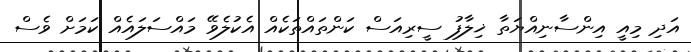
އަދި މިއީ އިންސާނިއްޔަތާ ޚިިލާފު ސީރިއަަސް ކަންތައްތަކެއް އެކުލެވޭ މައްސަލައެއް ކަމަށް ވެސް